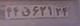
۴۴ق۶۲۱۲۴